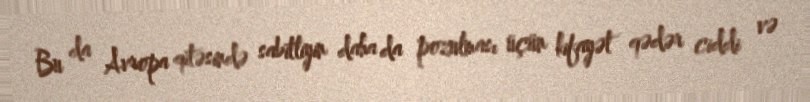
Bu da Avropa qitəsində sabitliyin daha da pozulması üçün kifayət qədər ciddi və